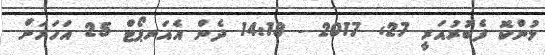
މުންކޮ ފެބުރުއަރީ 27